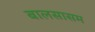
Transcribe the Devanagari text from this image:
बालसासम